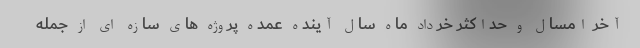
آخر امسال و حداکثر خرداد ماه سال آینده عمده پروژه های سازه ای از جمله